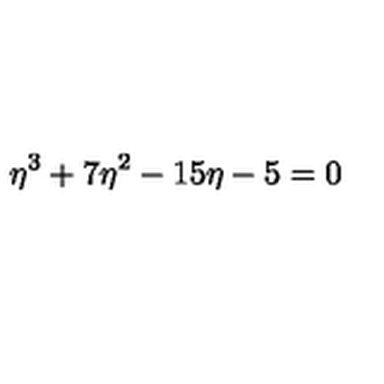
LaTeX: \eta ^ { 3 } + 7 \eta ^ { 2 } - 1 5 \eta - 5 = 0